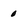
Character: 0